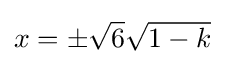
x=\pm {\sqrt {6}}{\sqrt {1-k}}